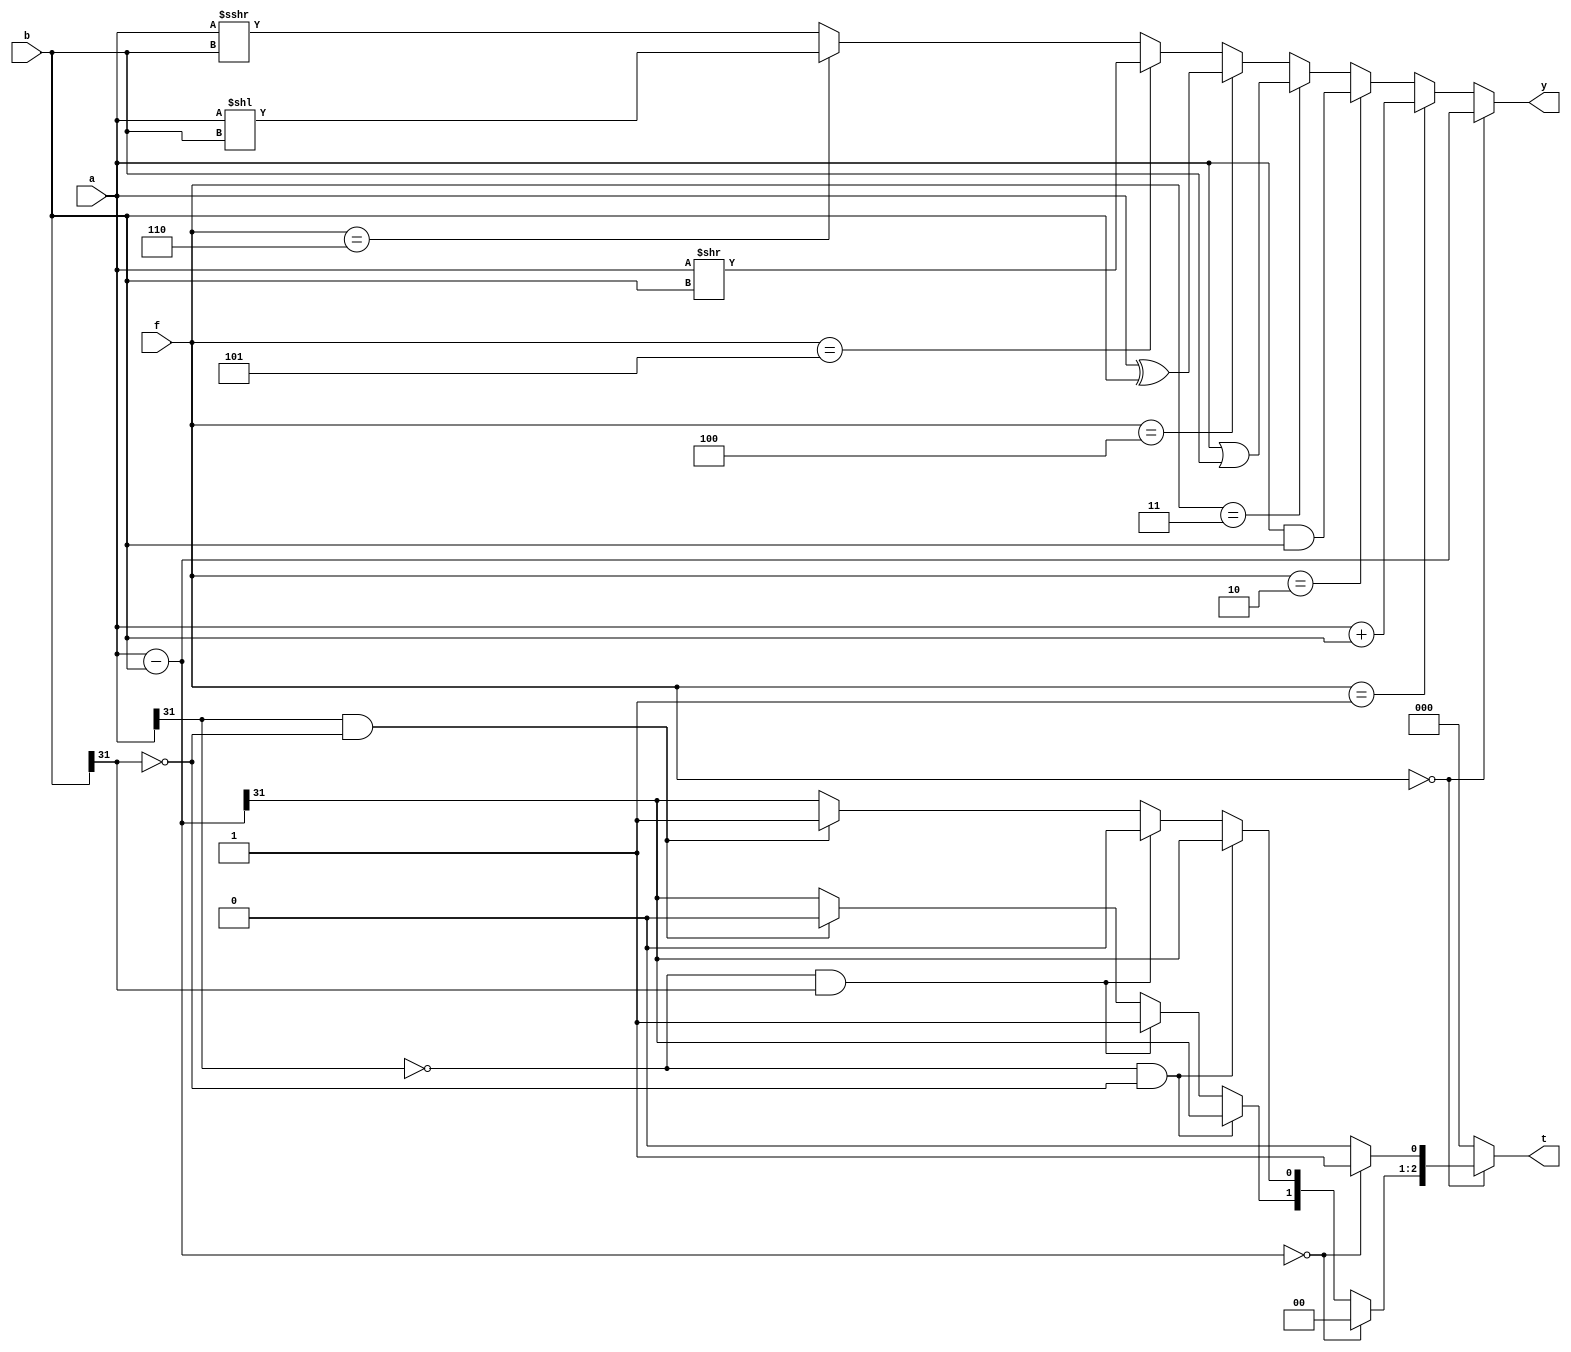
`timescale 1ns / 1ps
//////////////////////////////////////////////////////////////////////////////////
// Company: 
// Engineer: 
// 
// Design Name: 
// Module Name: ALU
// Project Name: 
// Target Devices: 
// Tool Versions: 
// Description: 
// 
// Dependencies: 
// 
// Revision:
// Revision 0.01 - File Created
// Additional Comments:
// 
//////////////////////////////////////////////////////////////////////////////////


module ALU #(
    parameter WIDTH = 32
)(
    input [WIDTH-1:0] a,b,
    input [2:0] f,
    output reg [WIDTH-1:0] y,
    output reg [2:0] t   
);
    always @(*) begin
        if(f == 3'b000)begin
            y = a - b;
            //t
            if(y == 0)begin
                t = 3'b001;
            end
            //a!=b
            else begin
                t[0] = 0;
                if(!a[WIDTH-1] && !b[WIDTH-1])begin
                    t[2] = y[WIDTH-1];
                    t[1] = y[WIDTH-1];
                end
                else if(!a[WIDTH-1] && b[WIDTH-1])begin
                    t[2] = 1;
                    t[1] = 0;
                end
                else if(a[WIDTH-1] && !b[WIDTH-1])begin
                    t[2] = 0;
                    t[1] = 1;
                end
                else begin
                    t[2] = y[WIDTH-1];
                    t[1] = y[WIDTH-1];
                end
            end
        end
        else if(f == 3'b001)begin
            y = a + b;
            t = 3'b000;
        end
        else if(f == 3'b010)begin
            y = a & b;
            t = 3'b000;
        end
        else if(f == 3'b011)begin
            y = a | b;
            t = 3'b000;
        end
        else if(f == 3'b100)begin
            y = a ^ b;
            t = 3'b000;
        end
        else if(f == 3'b101)begin
            y = a >> b;
            t = 3'b000;
        end
        else if(f == 3'b110)begin
            y = a << b;
            t = 3'b000;
        end
        else begin
            //verilog
            //$signed()
            y = $signed(a) >>> b;
            t = 3'b000;
        end
    end

endmodule